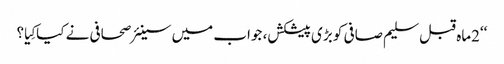
‘‘2ماہ قبل سلیم صافی کو بڑی پیشکش، جواب میں سینئر صحافی نے کیاکِیا؟